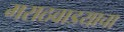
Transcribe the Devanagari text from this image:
मराठवाडयाचा